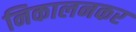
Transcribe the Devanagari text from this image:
निकालनकर